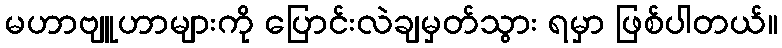
မဟာဗျူဟာများကို ပြောင်းလဲချမှတ်သွား ရမှာ ဖြစ်ပါတယ်။